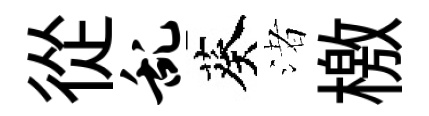
從乱葵渚檄